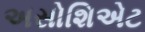
અસોશિએટ